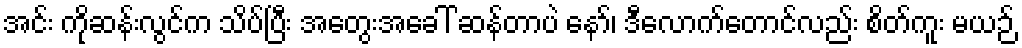
အင်း ကိုဆန်းလွင်က သိပ်ပြီး အတွေးအခေါ် ဆန်တာပဲ နော်၊ ဒီလောက်တောင်လည်း စိတ်ကူး မယဉ်